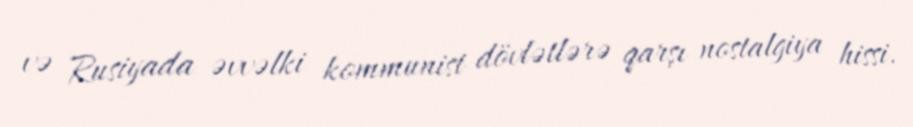
və Rusiyada əvvəlki kommunist dövlətlərə qarşı nostalgiya hissi.